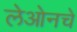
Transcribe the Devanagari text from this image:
लेओनचे